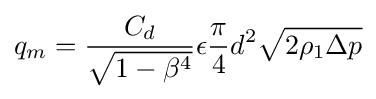
q_{m}={\frac {C_{d}}{\sqrt {1-\beta ^{4}}}}\epsilon {\frac {\pi }{4}}d^{2}{\sqrt {2\rho _{1}\Delta p}}